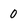
Character: 0